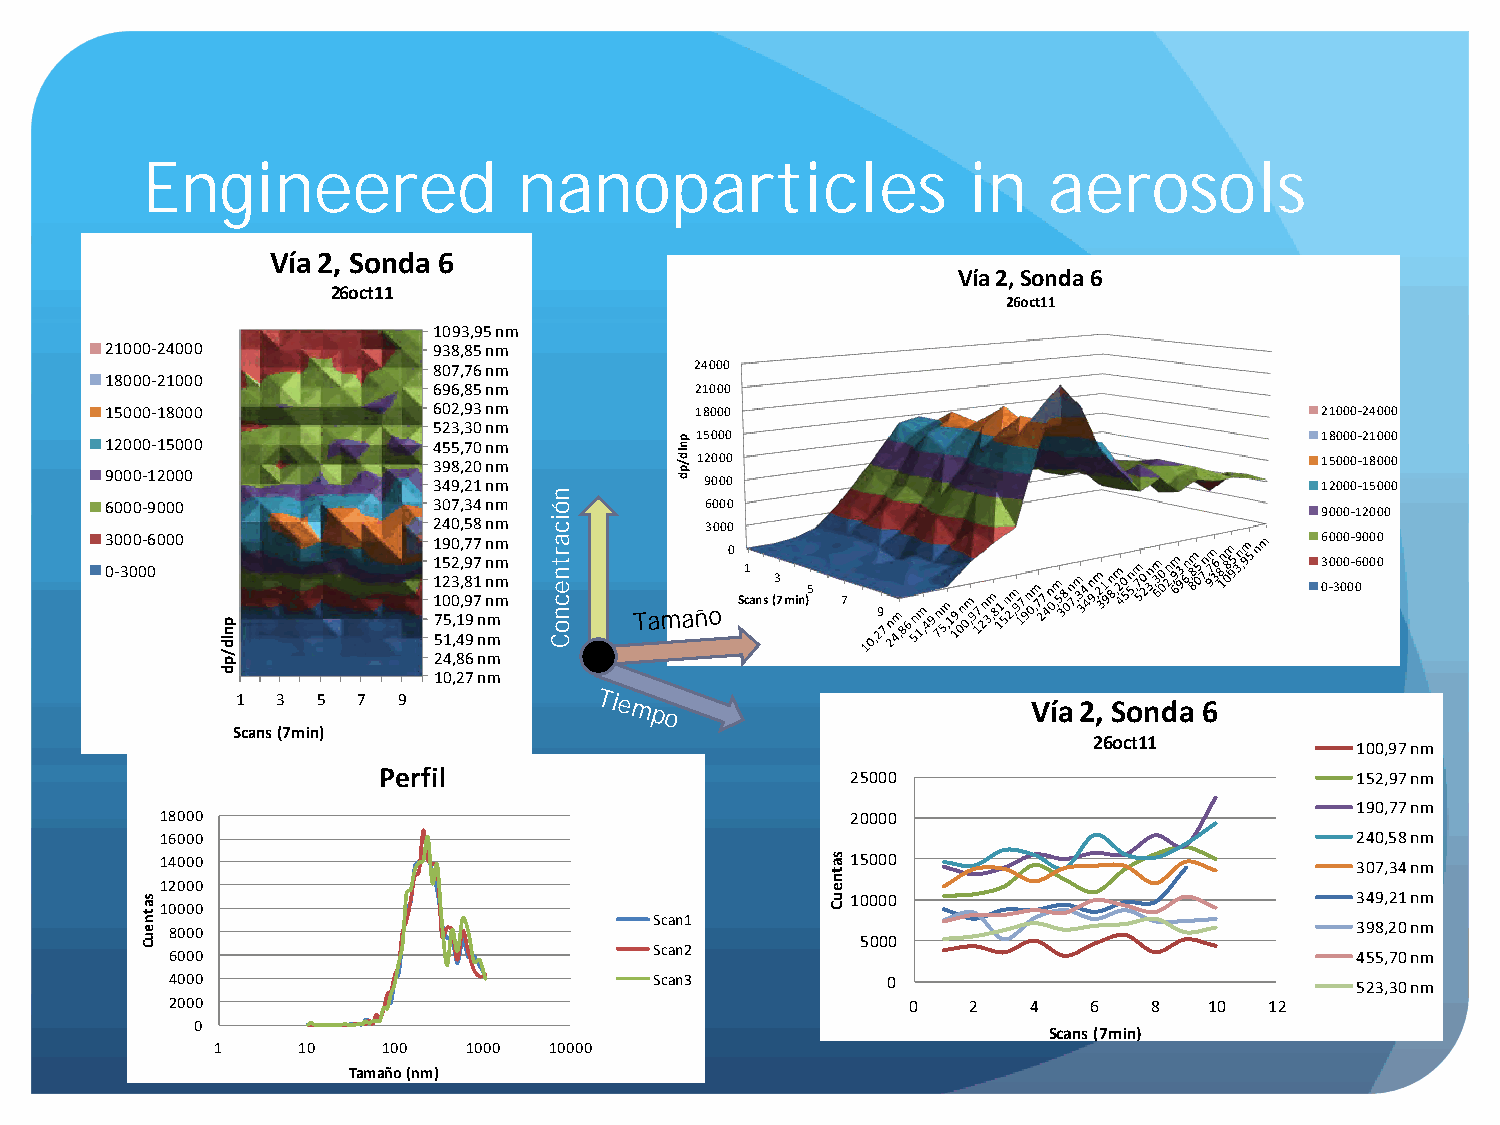
Engineered               nanoparticles                 in   aerosols
 Vía 2, Sonda 6
 Vía 2, Sonda 6
 26oct11
 26oct11
 1093,95 nm
 21000-­‐24000         938,85 nm
 807,76 nm        24000
 18000-­‐21000
 696,85 nm        21000
 15000-­‐18000         602,93 nm        18000                                    21000-­‐24000
 523,30 nm
 15000                                    18000-­‐21000 12000-­‐15000 455,70 nm
 398,20 nm        12000                                    15000-­‐18000
 9000-­‐12000
 349,21 nm         9000                                    12000-­‐15000
 6000-­‐9000           307,34 nm         6000                                    9000-­‐12000
 240,58 nm         3000
 3000-­‐6000           190,77 nm                                                 6000-­‐9000
 0
 152,97 nm                                                 3000-­‐6000
 0-­‐3000                                  1
 123,81 nm             3
 5                                 0-­‐3000
 100,97 nm           Scans (7min) 7
 75,19 nm
 Tamaño          9
 51,49 nm
 24,86 nm
 10,27 nm
 1 3  5  7 9            Tiempo                       Vía 2, Sonda 6
 Scans (7min)
 26oct11
 100,97 nm
 Perfil                         25000                             152,97 nm
 190,77 nm
 18000                                        20000
 16000                                                                          240,58 nm
 14000                                        15000                             307,34 nm
 12000
 10000                             349,21 nm
 10000
 Scan1
 8000                                                                           398,20 nm
 5000
 6000                            Scan2                                          455,70 nm
 4000                            Scan3           0                              523,30 nm
 2000                                             0   2   4   6   8   10  12
 0
 Scans (7min)
 1     10   100   1000 10000
 Tamaño (nm)
 satneuC
 pnld/pd
 nóicartnecnoC
 pnld/pd
 satneuC